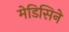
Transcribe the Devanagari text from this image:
मेडिसिने